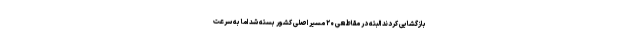
بازگشایی کردند البته در مقاطعی ۲۰ مسیر اصلی کشور بسته شد اما به سرعت